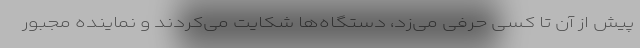
پیش از آن تا کسی حرفی می‌زد، دستگاه‌ها شکایت می‌کردند و نماینده مجبور